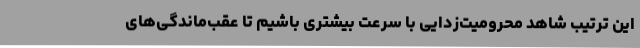
این ترتیب شاهد محرومیت‌زدایی با سرعت بیشتری باشیم تا عقب‌ماندگی‌های